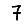
Digit: 7